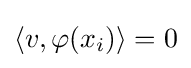
\langle v,\varphi (x_{i})\rangle =0